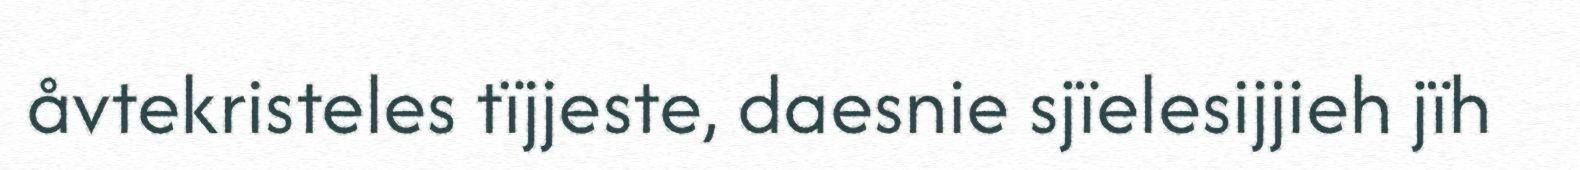
åvtekristeles tïjjeste, daesnie sjïelesijjieh jïh